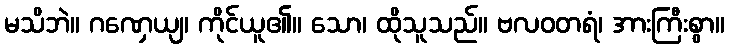
မသိဘဲ။ ဂဏှေယျ၊ ကိုင်ယူ၏။ သော၊ ထိုသူသည်။ ဗလဝတရံ၊ အားကြီးစွာ။